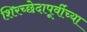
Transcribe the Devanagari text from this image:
शिरच्छेदापूर्वीच्या